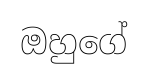
ඔහුගේ